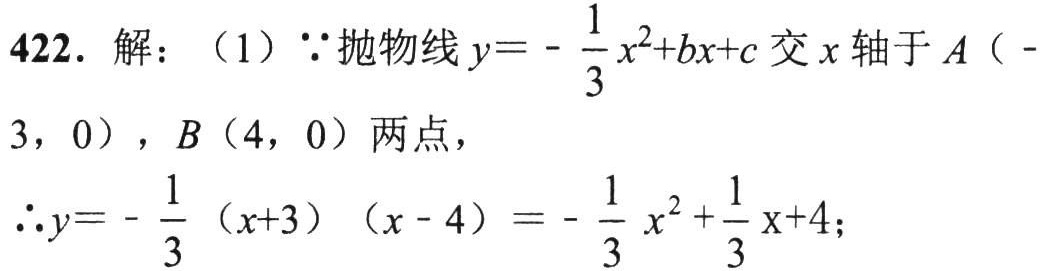
422. 解：（1）$\because$抛物线$y = -\frac{1}{3}x^{2}+bx + c$交$x$轴于$A(-3,0)$，$B(4,0)$两点，
$\therefore y = -\frac{1}{3}(x + 3)(x - 4)=-\frac{1}{3}x^{2}+\frac{1}{3}x + 4$；